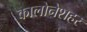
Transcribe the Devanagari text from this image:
कालोनेशहर